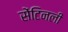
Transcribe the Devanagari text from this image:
सेंटिनली